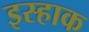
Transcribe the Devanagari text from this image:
इस्हाक